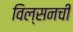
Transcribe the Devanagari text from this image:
विल्सनची